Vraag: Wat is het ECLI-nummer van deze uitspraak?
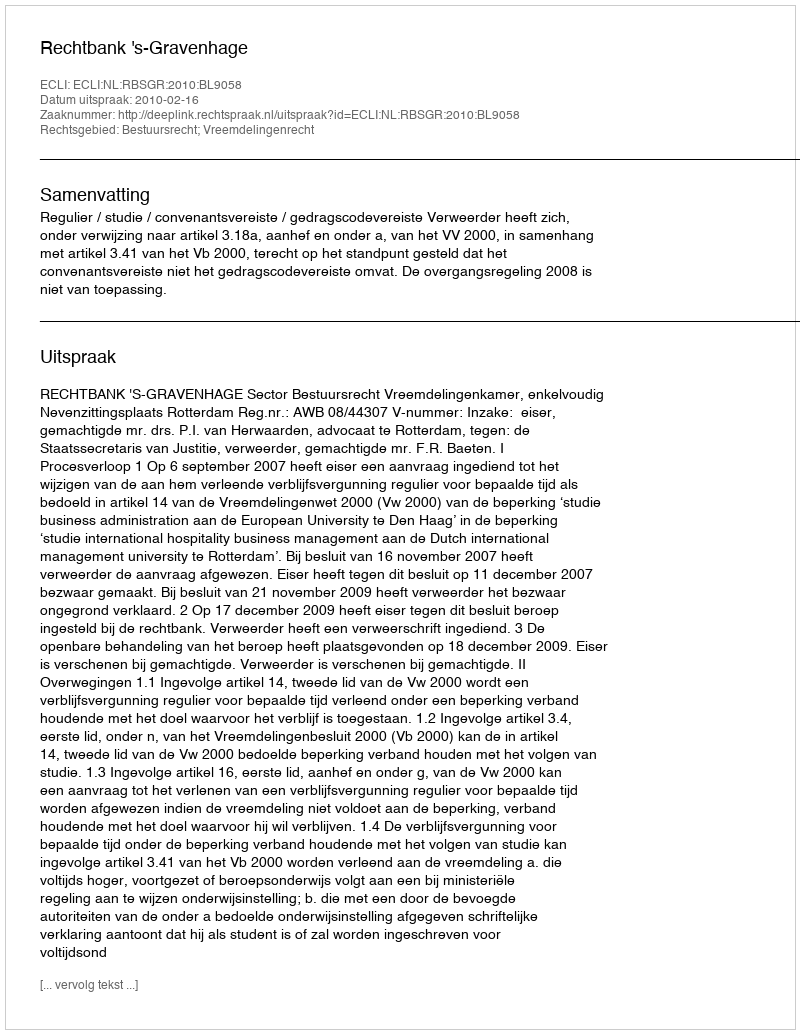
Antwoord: ECLI:NL:RBSGR:2010:BL9058